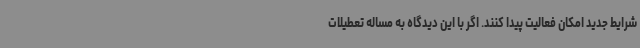
شرایط جدید امکان فعالیت پیدا کنند. اگر با این دیدگاه به مساله تعطیلات